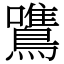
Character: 鷕